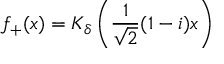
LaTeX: f _ { + } ( x ) = K _ { \delta } \left( \frac { 1 } { \sqrt { 2 } } ( 1 - i ) x \right)